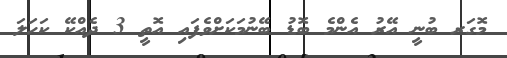
މޮގަރ ބުނީ އޭރު އެންމެ ބޮޑު ބޭނުމަކަށްވެފައި އޮތީ 3 ދެއްކޭ ކަހަލަ